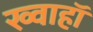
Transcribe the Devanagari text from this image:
ख्वाहाॅ